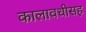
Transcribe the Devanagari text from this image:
कालावधीसह